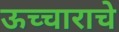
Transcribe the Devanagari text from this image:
ऊच्चाराचे